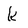
Character: k